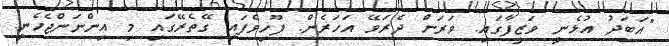
"އަބަދު އުޅެނީ ވަޒީފާގައި. ވަރަށް ދެރަވޭ އަހަރެން. ފޫހިވެފައި ގޭތެރޭގައި މި އިންނަންޖެހެނީ.